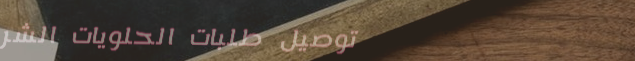
توصيل طلبات الحلويات الشر